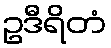
ဥဒီရိတံ